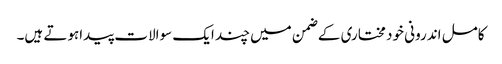
کامل اندرونی خود مختاری کے ضمن میں چند ایک سوالات پیداہوتے ہیں۔